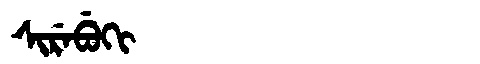
Manchu: ᠰᡳᡵᡝᠪᡠᡴᡳ
Romanization: SIREBUKI